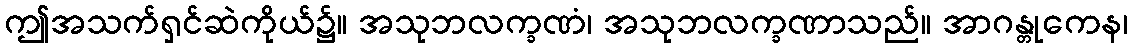
ဤအသက်ရှင်ဆဲကိုယ်၌။ အသုဘလက္ခဏံ၊ အသုဘလက္ခဏာသည်။ အာဂန္တုကေန၊